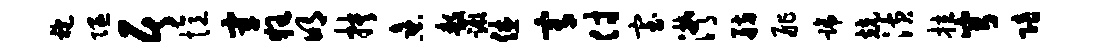
袍隰居忆宰狂明抉熹敖蹶休宥付室潸舫舴蹄兢潢拉穹陪